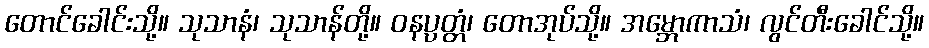
တောင်ခေါင်းသို့။ သုသာနံ၊ သုသာန်တို့။ ဝနပ္ပတ္တံ၊ တောအုပ်သို့။ အမ္ဘောကာသံ၊ လွင်တီးခေါင်သို့။